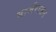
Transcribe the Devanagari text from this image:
मार्जरासन